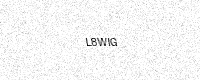
Text: L8WIG